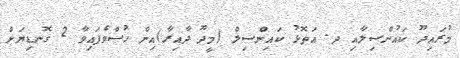
މުރައިދޫ ކައުންސިލާއި ދ. އަތޮޅު ކައިންސިލް (މީދޫ ދާއިރާ)އިން ހުސްވެފައިވާ 2 ގޮނޑިޔަށް